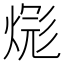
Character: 𪹎